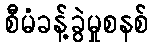
စီမံခန့်ခွဲမှုစနစ်